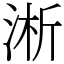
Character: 淅